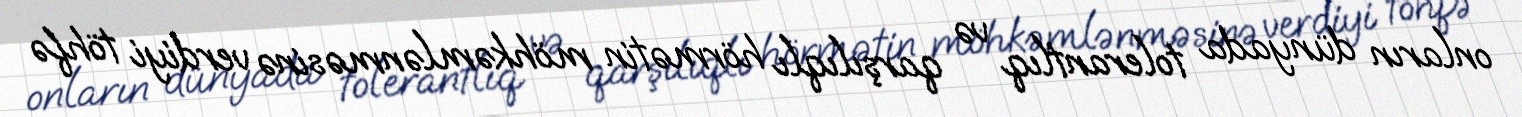
onların dünyada tolerantlıq və qarşılıqlı hörmətin möhkəmlənməsinə verdiyi töhfə